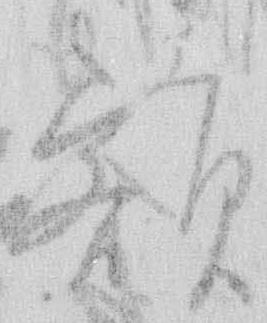
額